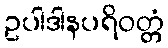
ဥပါဒါနပရိဝတ္တံ